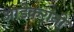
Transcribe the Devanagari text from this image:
आडेकरांनी